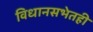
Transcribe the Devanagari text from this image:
विधानसभेतही